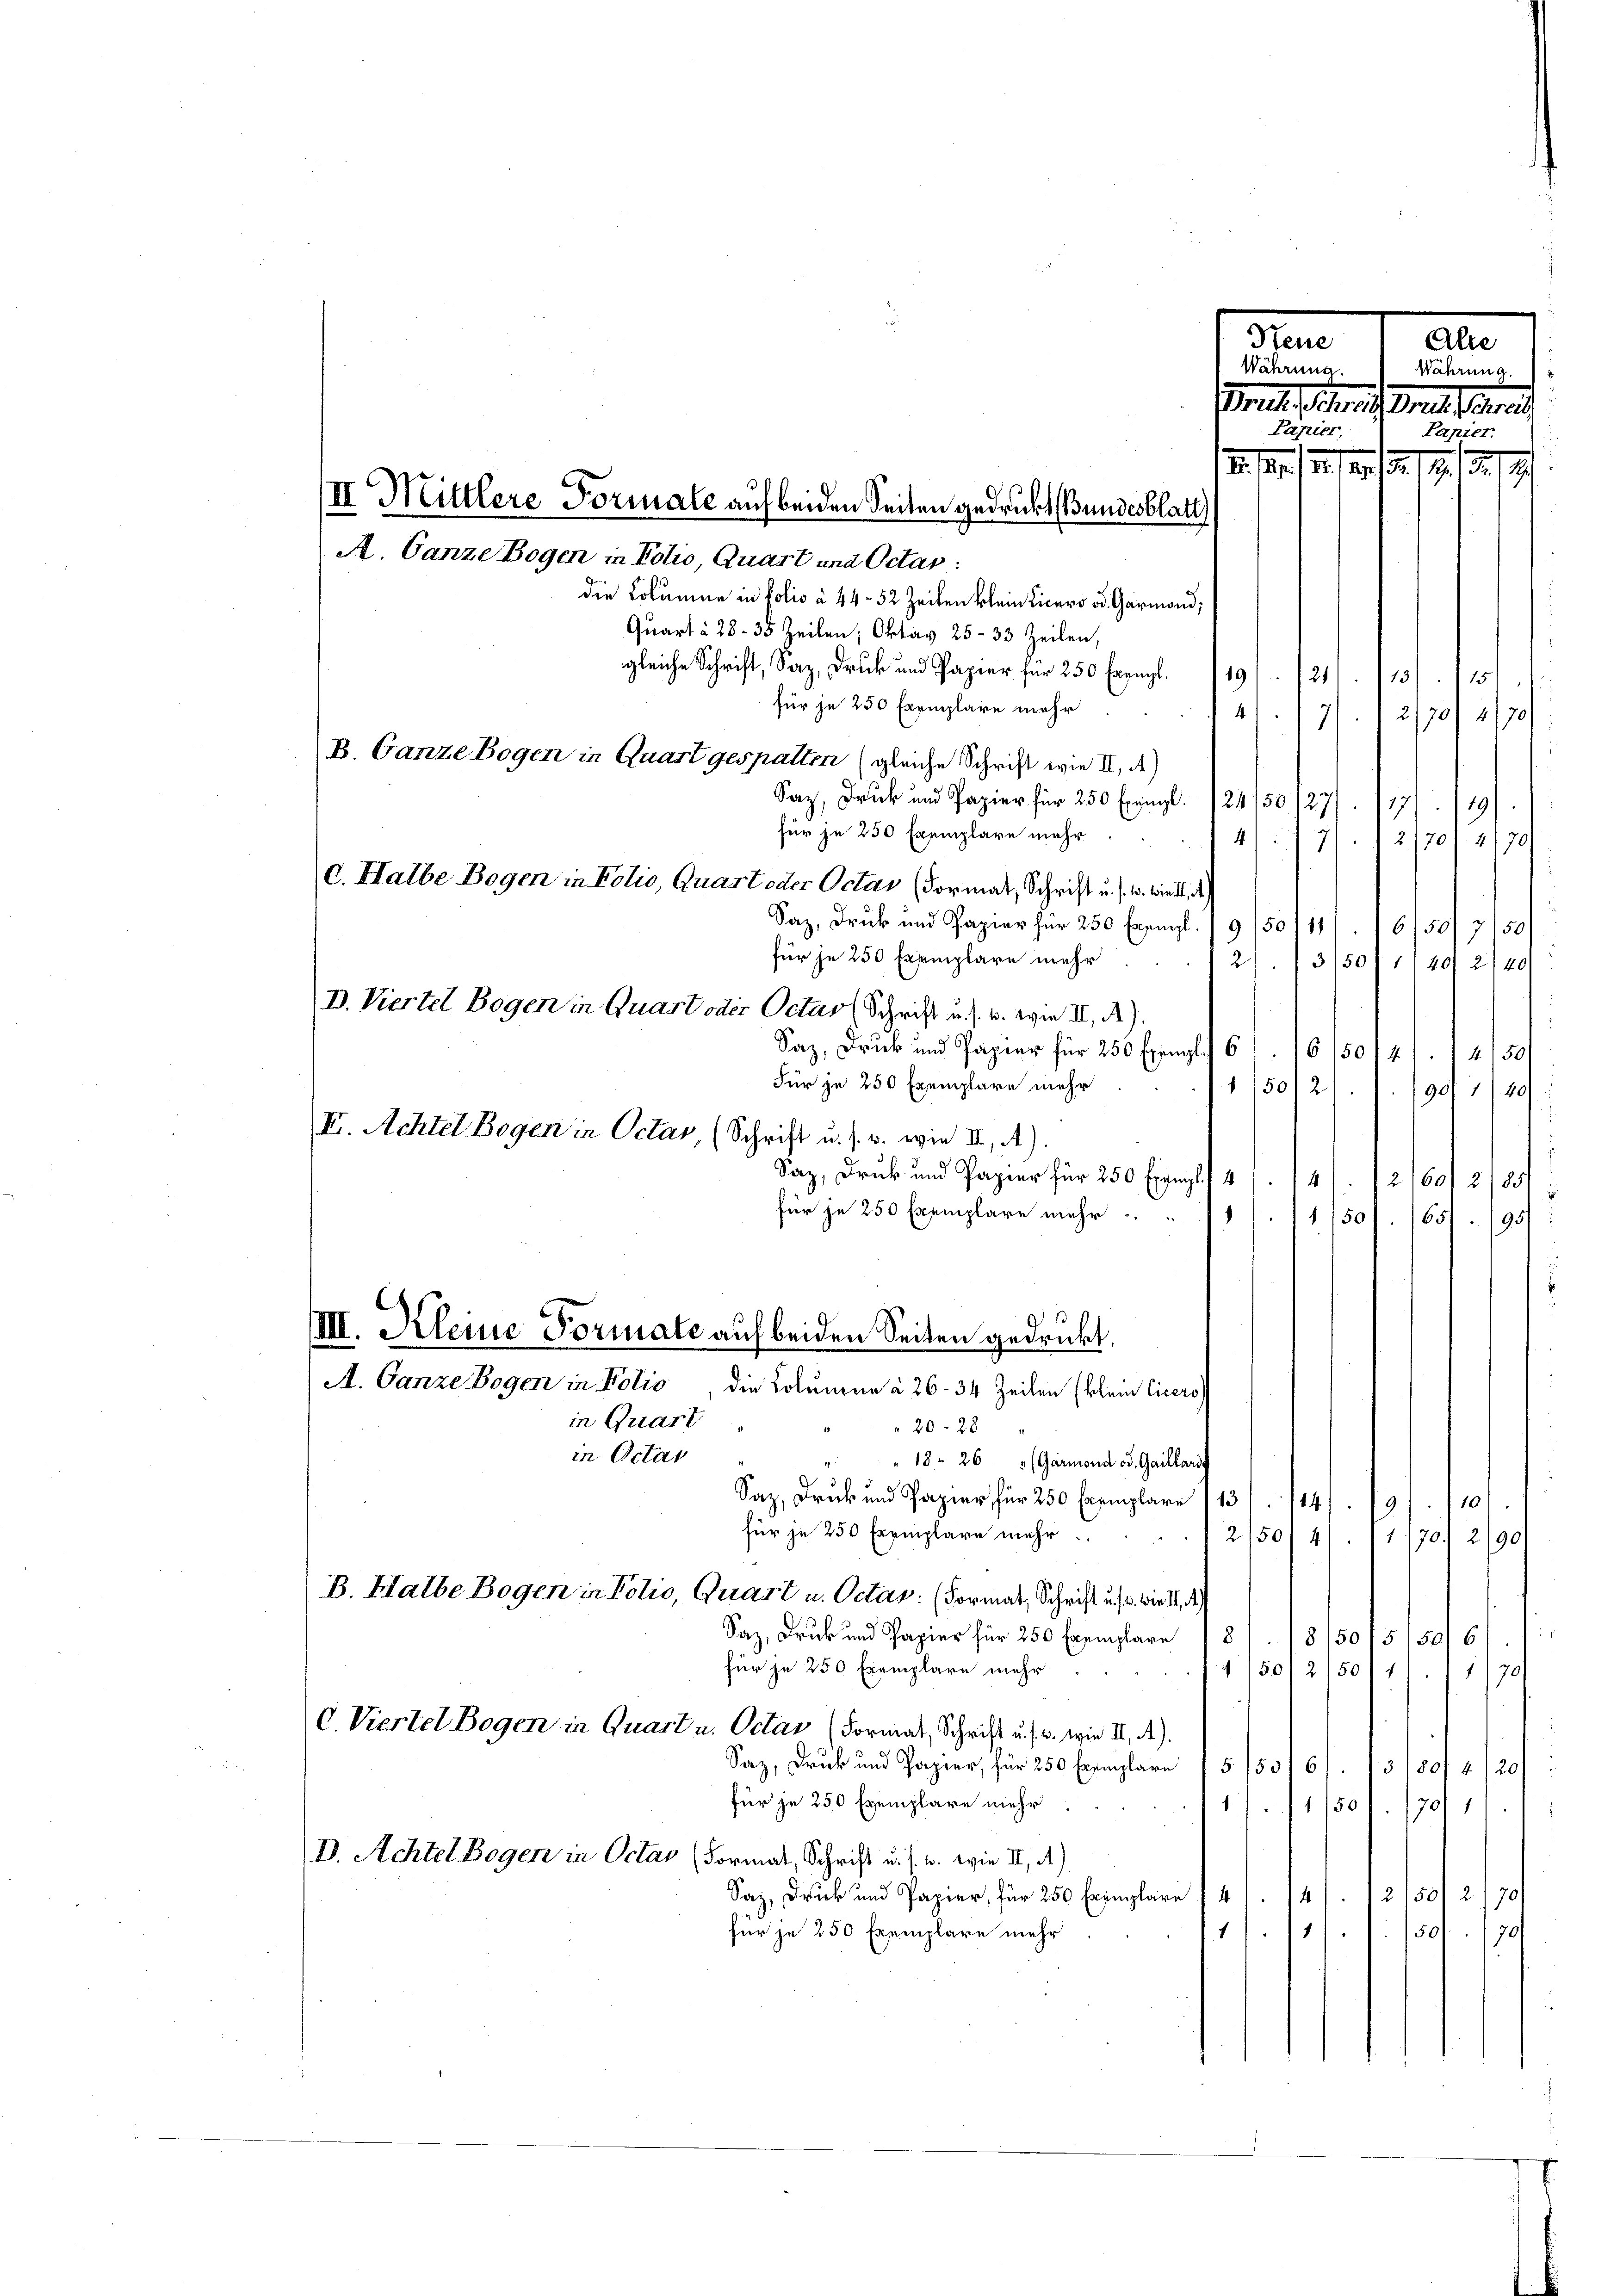
A. Ganze Bogen in Polio Quart und Octas:
B. Ganze Bogen in Quart gespalten (gleiche Schrift wie II. A.)
D. Viertel Bogen in Quart oder Octav Schrift u. s. w. wie III. A.).
I. Achtel Bogen in Octav, (Schrift u. s. w. wie III. A.).

A. Ganze Bogen in Polio
in Quart

II. Mittlere Formale auf beiden Seiten gedruckt (Bundesblatt

gleiche Schrift, Saz, Druck und Papier für 250 Exempl. 119. 124. 11. 151.
für je 250 Exemplare mehr
für je 250 Exemplare mehr
C. Halbe Bogen in Folio, Quart oder Octas (Formal, Schrift u. s. w. wie d
für je 250 Exemplare mehr
Saz, Druck und Papier für 250 Exempl. 6
Für je 250 Exemplare mehr

III. Kleine Formate auf beiden Seiten gedruckt.
die Kolumen à 26. 34 Zeilen klein Cicero

e
Papier,

. pag. 129./12. 15. 1791. 1791.
417). 1 2/701 4/70
Saz, Druk und Papier für 250 Erzügl. 124/50/27/. 1171. 119
2/70) 4) 70
417

¬
150/2/

10/50121. 2150.

Währung.
ral Marieli
Papier.

die Kolumen in folio à 44-52 Zeiten klein Licero ad. Garmond,
Quart à 28–35 Zeilen; Oktav 25- 33 Zeilen,
Saz, Druk und Papier für 250 Exempl. /9/50/11/. 16150/7150/
2)./3150 (1140/ 2/40
901 11 40
Saz, Druk und Papier für 250 Exempl 4. 147. 12,601 2/85
für je 250 Exemplare mehr
/11501. 165. 195:
u
20-28
in Octar
" 18. 26 (Garmond od. Gaillari
Saz, Druck und Papier für 250 Exemplare (13/14/13/10
für je 250 Exemplare mehr
12/50/4. 11170. 2/90
B. Halbe Bogen in Folio, Quart u. Octas: (Format, Schrift u. s. wird, d
Saz, Druk und Papier für 250 Exemplare 1815/5015/5
d
für je 250 Exemplare mehr
50/2150/11.
i
C. Viertel Bogen in Quart u. Octas (Format, Schrift u. s. w. wie II. A.).
Saz, Druk und Papier, für 250 Exemplare 15 15316/. /3180/ 1
120/
für je 250 Exemplare mehr
1
/1/501. 170/1
D. Achtel Bogen in Octas (Format, Schrift u. s. w. wie II. A.)
Saz, Druck und Papier, für 250 Exemplare 141. 14/. 121501 21701
für je 250 Exemplare mehr
11/11. 1501. 170